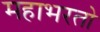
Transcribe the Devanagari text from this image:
महाभरतो